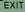
exit